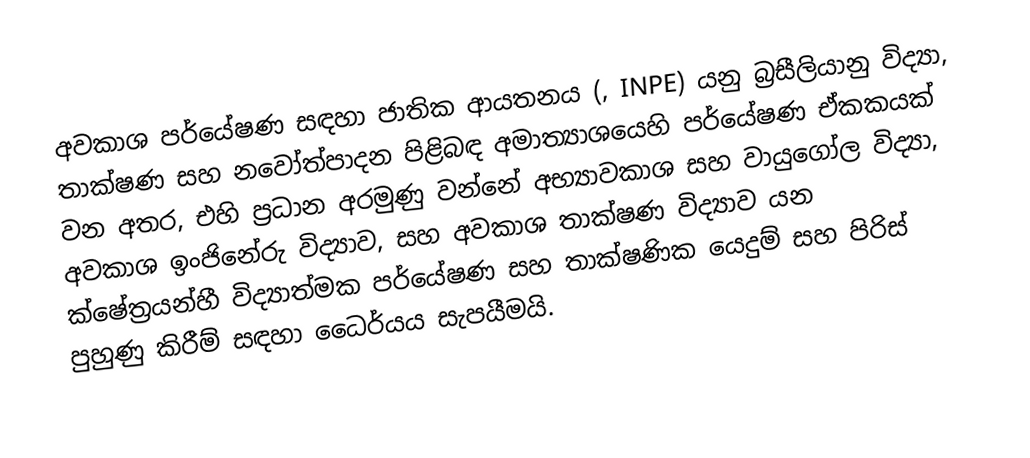
අවකාශ පර්යේෂණ සඳහා ජාතික ආයතනය (, INPE) යනු බ්‍රසීලියානු  විද්‍යා, තාක්ෂණ සහ නවෝත්පාදන පිළිබඳ අමාත්‍යාශයෙහි පර්යේෂණ ඒකකයක් වන අතර, එහි ප්‍රධාන අරමුණු වන්නේ  අභ්‍යාවකාශ සහ වායුගෝල විද්‍යා, අවකාශ ඉංජිනේරු විද්‍යාව, සහ අවකාශ තාක්ෂණ විද්‍යාව යන ක්ෂේත්‍රයන්හී විද්‍යාත්මක පර්යේෂණ සහ තාක්ෂණික යෙදුම් සහ පිරිස් පුහුණු කිරීම් සඳහා ධෛර්යය සැපයීමයි.